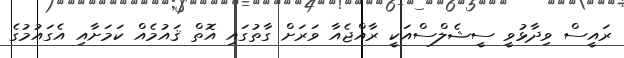
ރައީސް ވިދާޅުވީ ސީޝެލްސްއަކީ ރާއްޖެއާ ވަރަށް ގާތުގައި އޮތް ޤައުމެއް ކަމަށާއި އެގައުމުގެ